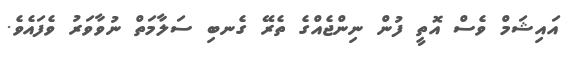
އައިޝަމް ވެސް އޮތީ ފުން ނިންޖެއްގެ ތެރޭ ގެނބި ސަލާމަތް ނުވާވަރު ވެފައެވެ.